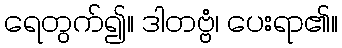
ရေတွက်၍။ ဒါတဗ္ဗံ၊ ပေးရာ၏။